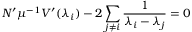
N ^ { \prime } \mu ^ { - 1 } V ^ { \prime } ( \lambda _ { i } ) - 2 \sum _ { j \neq i } \frac 1 { \lambda _ { i } - \lambda _ { j } } = 0